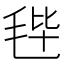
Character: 𣭤